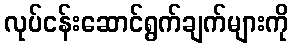
လုပ်ငန်းဆောင်ရွက်ချက်များကို